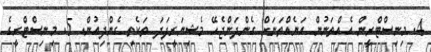
4. މިނިސްޓްރީން އެއްތަނުން އަނެއްތަނަށް ގެންދަންޖެހޭ މެޝިނަރީފަދަ ތަކެތި ގެންދިއުން. 5. މިނިސްޓްރީގެ